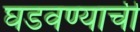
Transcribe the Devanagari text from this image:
घडवण्याची